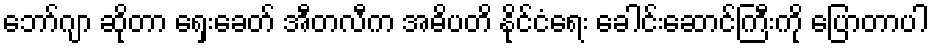
ဘော်ဂျာ ဆိုတာ ရှေးခေတ် အီတလီက အဓိပတိ နိုင်ငံရေး ခေါင်းဆောင်ကြီးကို ပြောတာပါ